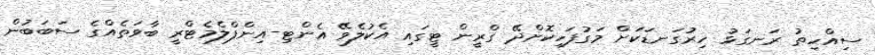
ސިއްހިތު ރަނގަޅު ހިރުގަނޑަކަށް މަގުފަހިކޮށްދޭ ގްރީން ޓީގައި އެކުލެވޭ އެންޓި-އިންފްލެމެޓްރީ ބާވަތެއްގެ ސަބަބުން